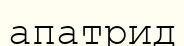
апатрид